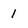
Character: 1